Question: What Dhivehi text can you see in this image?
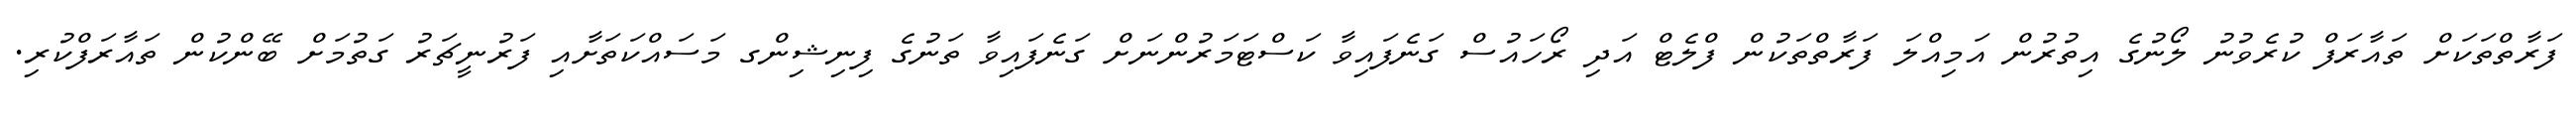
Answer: ފަރާތްތަކަށް ތައާރަފް ކުރެވުނު ލޯނުގެ އިތުރުން އަމިއްލަ ފަރާތްތަކުން ފްލެޓް އަދި ރޯހައުސް ގަނެފައިވާ ކަސްޓަމަރުންނަށް ގަނެފައިވާ ތަނުގެ ފިނިޝިންގ މަސައްކަތަށާއި ފަރުނީޗަރު ގަތުމަށް ބޭންކުން ތައާރަފްކުރި.